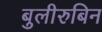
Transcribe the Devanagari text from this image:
बुलीरुबिन